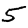
Digit: 5